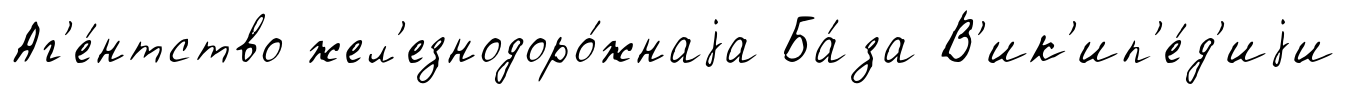
Аг'е́нтство жел'езнодоро́жнаjа Ба́за В'ик'ип'е́д'иjи